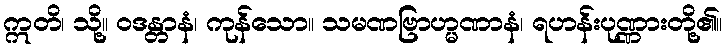
ဣတိ၊ သို့။ ဝဒန္တာနံ၊ ကုန်သော။ သမဏဗြာဟ္မဏာနံ၊ ရဟန်းပုဏ္ဏားတို့၏။